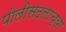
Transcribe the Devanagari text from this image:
पोलीसदलाच्या